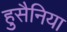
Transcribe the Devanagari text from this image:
हुसैनिया